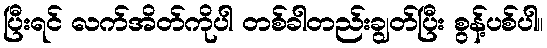
ပြီးရင် လက်အိတ်ကိုပါ တစ်ခါတည်းချွတ်ပြီး စွန့်ပစ်ပါ။